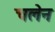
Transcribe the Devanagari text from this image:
चलेन